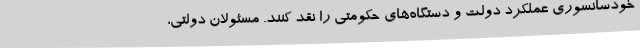
خودسانسوری عملکرد دولت و دستگاه‌های حکومتی را نقد کنند. مسئولان دولتی،